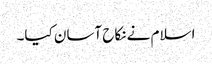
اسلام نے نکاح آسان کیا۔